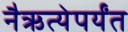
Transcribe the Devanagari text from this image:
नैऋत्येपर्यंत